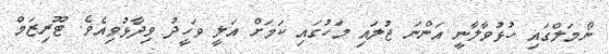
ނޯމަލްގައި ހުޅުވާލާނީ އަންނަ ޖުލައި މަހުގައި ކަމަށް އަލީ ވަހީދު ވިދާޅުވިއެވެ. ޓޫރިޒަމް